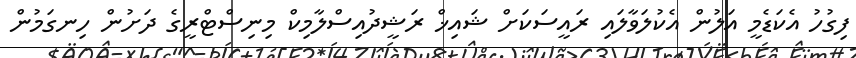
ފިގުހު އެކަޑެމީ އަލުން އެކުލަވާލައި ރައީސަކަށް ޝައިޚް ރަޝީދުއިސްލާމިކް މިނިސްޓްރީގެ ދަށުން ހިނގަމުން